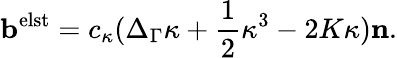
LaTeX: \mathbf b^{\mathrm{elst}}=c_{\kappa}(\Delta_{\Gamma}\kappa+\frac 12\kappa^{3}-2K\kappa)\mathbf n.